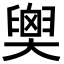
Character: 𦦉